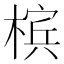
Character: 槟